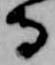
守